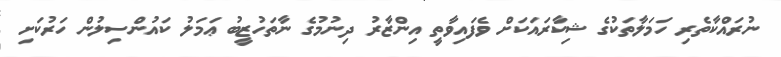
ނުރައްކާތެރި ހަމަލާތަކުގެ ޝިކާރައަކަށް ވެފައިވާތީ އިންޒާރު ދިނުމުގެ ނާތަހުޒީބު ޢަމަލު ކައުންސިލުން ހަރުކަށި